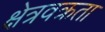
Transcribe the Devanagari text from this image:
क्षेत्रवक्रता